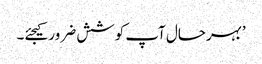
’بہرحال آپ کوشش ضرور کیجئے۔